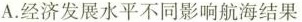
A.经济发展水平不同影响航海结果